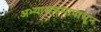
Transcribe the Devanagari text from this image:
अभ्यासक्रमापासून